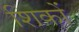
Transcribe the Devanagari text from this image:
शिकों